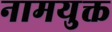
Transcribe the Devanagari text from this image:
नामयुक्त